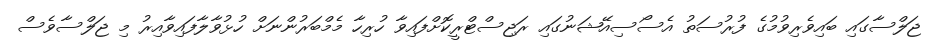
ޖަލްސާގައި ބައިވެރިވުމުގެ ފުރުސަތު އެސޯސިއޭޝަނުގައި ރަޖިސްޓްރީކޮށްފައިވާ ހުރިހާ މެމްބަރުންނަށް ހުޅުވާލާފައިވާއިރު މި ޖަލްސާވެސް